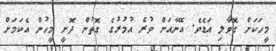
މީހަކަށް ގޮވާލި އަޑެވެ. އޭނާއަށް ވުރެ އުމުރުގެ ގޮތުން ދޮށީ މީހުން އެކަމަށް